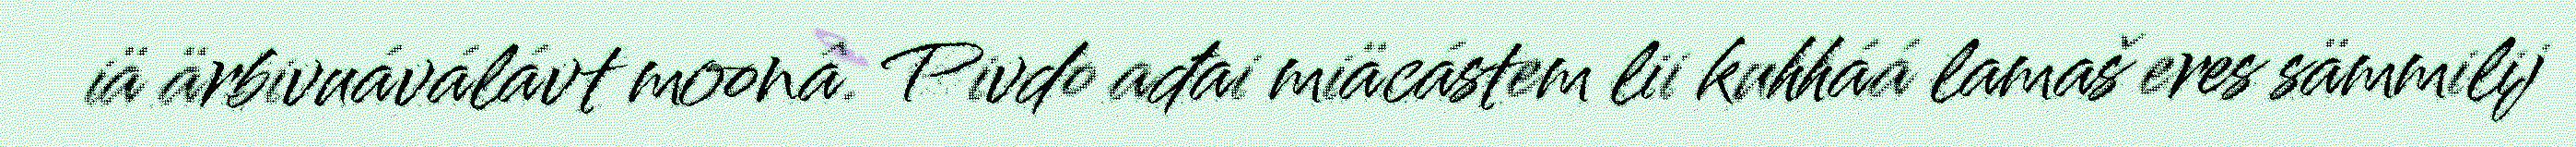
iä ärbivuáválávt moonâ. Pivdo ađai miäcástem lii kuhháá lamaš eres sämmilij